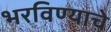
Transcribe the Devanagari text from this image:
भरविण्याचे